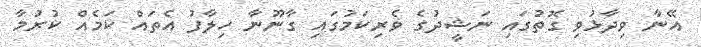
އޭނާ ވިދާޅުވި ގޮތުގައި ނަޝީދުގެ ވެރިކަމުގައި ގާނޫނާ ހިލާފު އެތައް ކަމެއް ކުރުމާ